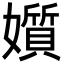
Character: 㜱